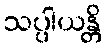
သပ္ပါယန္တိ